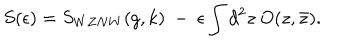
S ( \epsilon ) = S _ { W Z N W } ( g , k ) ~ - ~ \epsilon \int d ^ { 2 } z ~ O ( z , \bar { z } ) .